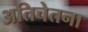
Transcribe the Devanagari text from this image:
अतिचेतना